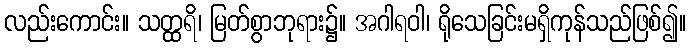
လည်းကောင်း။ သတ္ထရိ၊ မြတ်စွာဘုရား၌။ အဂါရဝါ၊ ရိုသေခြင်းမရှိကုန်သည်ဖြစ်၍။